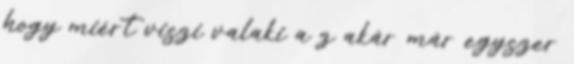
hogy miért viszi valaki a z akár már egyszer